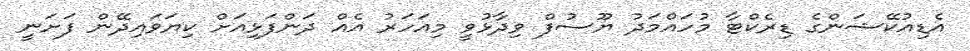
އެޑިއުކޭޝަންގެ ޑިރެކްޓާ މުހައްމަދު ޔޫސުފް ވިދާޅުވީ މިއަހަރު އެއް ދަންފަޅިއަށް ކިޔަވައިދޭން ފަށަނީ